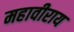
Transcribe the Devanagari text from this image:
महावीराय